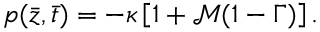
p ( \bar { z } , \bar { t } ) = - \kappa \left[ 1 + \mathcal { M } ( 1 - \Gamma ) \right] .